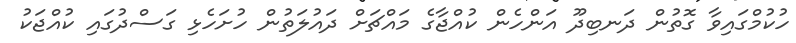
ހުކުމްގައިވާ ގޮތުން ދަނބިދޫ އަންހެން ކުއްޖާގެ މައްޗަށް ދައުލަތުން ހުށަހެޅި ގަސްދުގައި ކުއްޖަކު